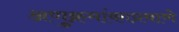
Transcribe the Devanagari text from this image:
अणुक्रमांकाप्रमाणे